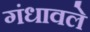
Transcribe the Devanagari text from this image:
गंधावले